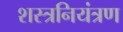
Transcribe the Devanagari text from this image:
शस्त्रनियंत्रण